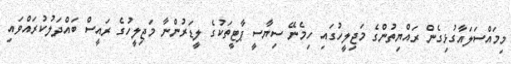
މިމައްސަލައާގުޅިގެން ރައްޔިތުންގެ މަޖިލީހުގައި ހިމެނޭ ސިޔާސީ ޕާޓީތަކުގެ ލީޑަރުންނާ މަޖިލީހުގެ ރައީސް ބައްދަލުކުރައްވައި